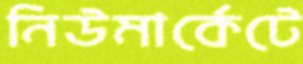
নিউমার্কেটে